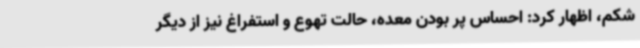
شکم، اظهار کرد: احساس پر بودن معده، حالت تهوع و استفراغ نیز از دیگر